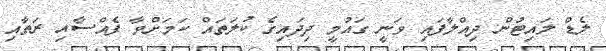
ލެޑް ލައިޓުން ދިއްލާފައި ވަނީ ގައުމީ ދިދައިގެ ކުލަތައް ކަމަށްވާ ފެއްސާއި ރަތާއި